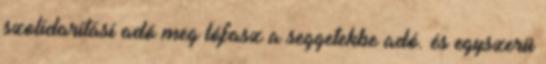
szolidaritási adó meg lófasz a seggetekbe adó. és egyszerü